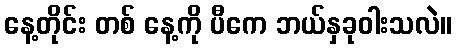
နေ့တိုင်း တစ် နေ့ကို ပီကေ ဘယ်နှခုဝါးသလဲ။